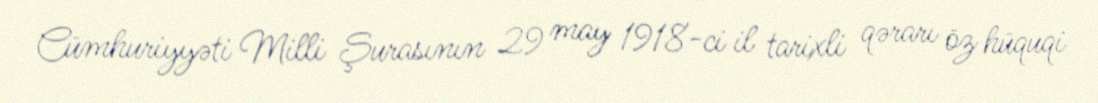
Cümhuriyyəti Milli Şurasının 29 may 1918-ci il tarixli qərarı öz hüquqi